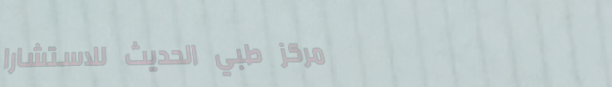
مركز طبي الحديث للاستشارا